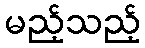
မည့်သည့်